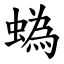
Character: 蟡